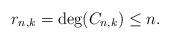
LaTeX: \begin{align*}r_{n,k}= \deg(C_{n,k})\leq n.\end{align*}